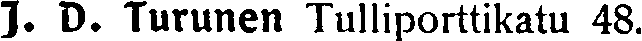
J. D. Turunen Tulliporttikatu 48.